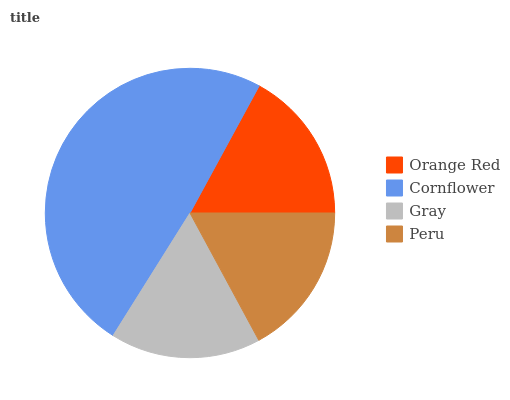
| Orange Red | Cornflower | Gray | Peru |
 | --- | --- | --- | --- |
 | 17% | 49% | 16.9% | 17.2% |